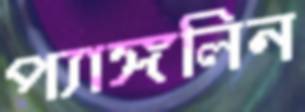
প্যাঙ্গলিন